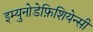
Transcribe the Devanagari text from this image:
इम्युनोडेफ़िशियेन्सी